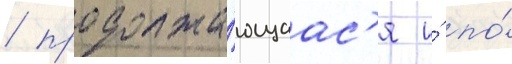
/ продолжа́ющаас'я и́ по́